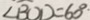
\angle B O D = 6 0 ^ { \circ }